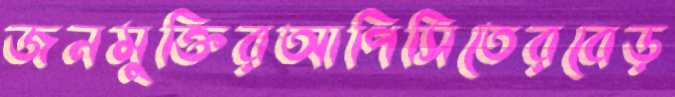
জনমুক্তিরআপিসিতেরবেড়